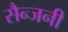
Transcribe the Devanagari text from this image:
सैन्जनी